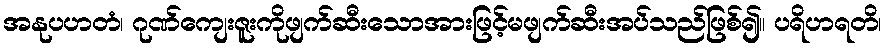
အနုပဟတံ၊ ဂုဏ်ကျေးဇူးကိုဖျက်ဆီးသောအားဖြင့်မဖျက်ဆီးအပ်သည်ဖြစ်၍။ ပရိဟရတိ၊